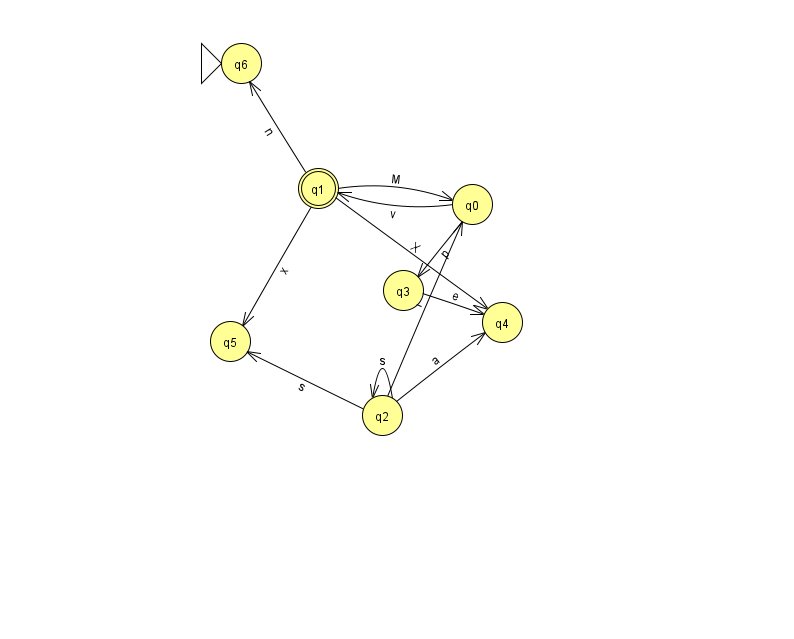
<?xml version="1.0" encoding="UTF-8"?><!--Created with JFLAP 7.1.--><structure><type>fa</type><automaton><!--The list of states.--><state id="0" name="q0"><x>472.0</x><y>191.0</y></state><state id="1" name="q1"><x>318.0</x><y>175.0</y><final/></state><state id="2" name="q2"><x>382.0</x><y>402.0</y></state><state id="3" name="q3"><x>403.0</x><y>277.0</y></state><state id="4" name="q4"><x>502.0</x><y>309.0</y></state><state id="5" name="q5"><x>230.0</x><y>328.0</y></state><state id="6" name="q6"><x>241.0</x><y>50.0</y><initial/></state><!--The list of transitions.--><transition><from>3</from><to>4</to><read>e</read></transition><transition><from>1</from><to>0</to><read>M</read></transition><transition><from>1</from><to>5</to><read>x</read></transition><transition><from>2</from><to>2</to><read>s</read></transition><transition><from>2</from><to>5</to><read>s</read></transition><transition><from>1</from><to>6</to><read>n</read></transition><transition><from>0</from><to>1</to><read>v</read></transition><transition><from>0</from><to>3</to><read>p</read></transition><transition><from>2</from><to>4</to><read>a</read></transition><transition><from>1</from><to>4</to><read>X</read></transition><transition><from>2</from><to>0</to><read>I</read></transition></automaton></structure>